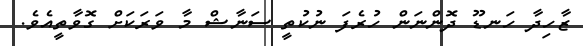
ޒާހިދާ ހަނޑޫ ދޮންނަން ހުރެފަ ނުކުތީ ސަނާޝް މާ ވަރަކަށް ގޮވާތީއެވެ.